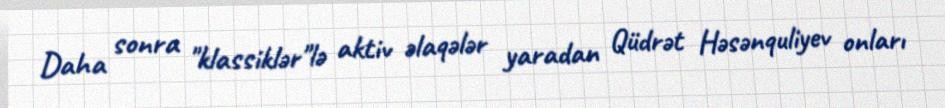
Daha sonra "klassiklər"lə aktiv əlaqələr yaradan Qüdrət Həsənquliyev onları